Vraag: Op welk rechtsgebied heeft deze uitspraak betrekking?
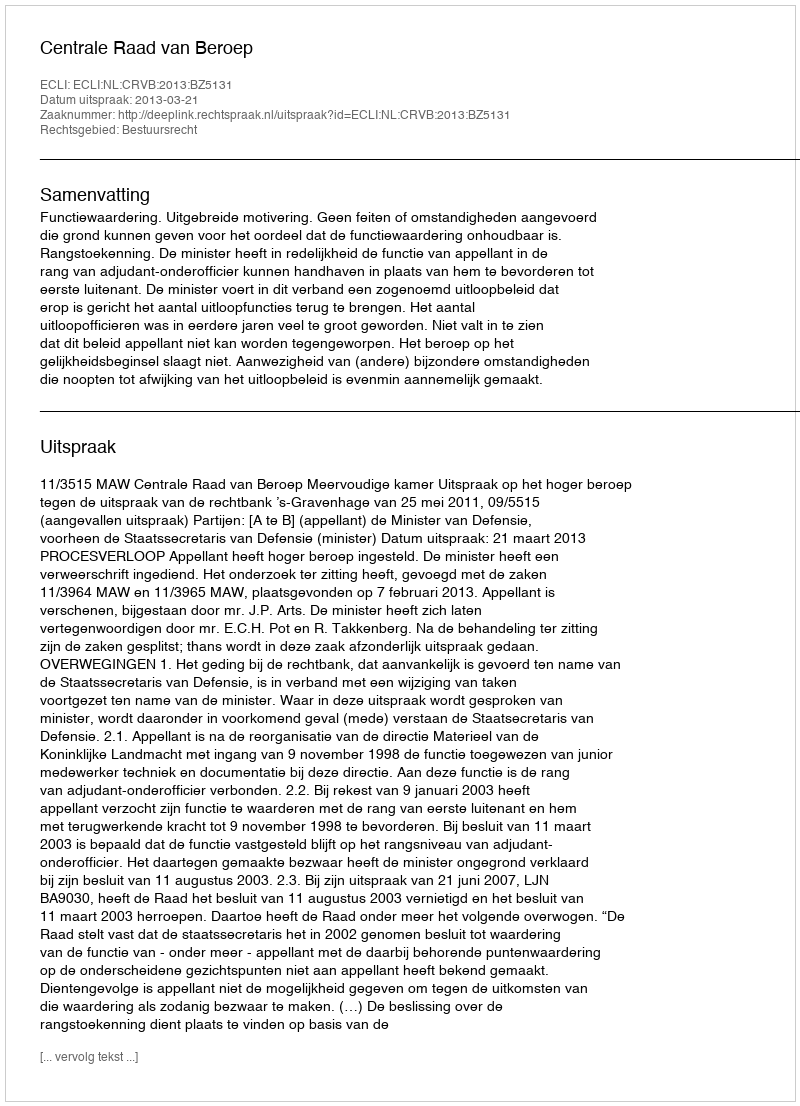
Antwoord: Bestuursrecht